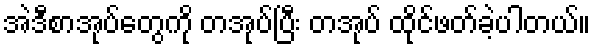
အဲဒီစာအုပ်တွေကို တအုပ်ပြီး တအုပ် ထိုင်ဖတ်ခဲ့ပါတယ်။